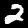
Label: 2